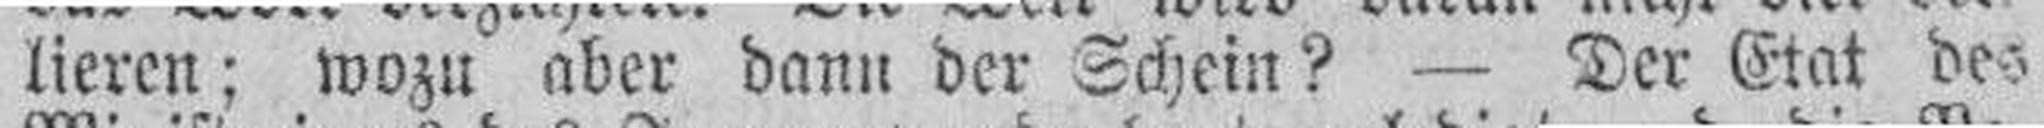
lieren: wozu aber dann der Schein? — Der Etat des